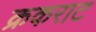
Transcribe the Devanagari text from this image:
क्रकराट